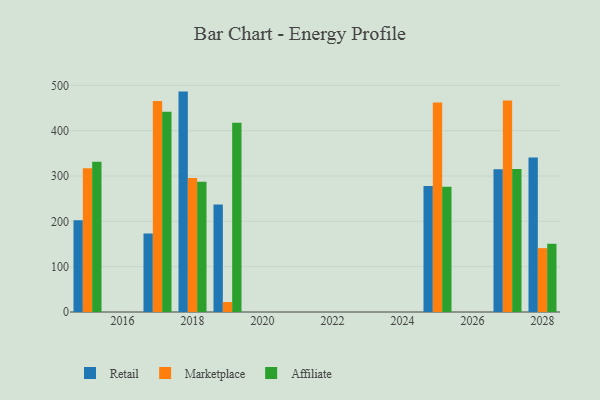
{"axis": {"x": "Year", "y": "Gross Profit (USD K)"}, "legend": ["Affiliate", "Marketplace", "Retail"], "data": [{"x": "2027", "y": 314.8, "type": "Retail"}, {"x": "2027", "y": 466.3, "type": "Marketplace"}, {"x": "2027", "y": 315.3, "type": "Affiliate"}, {"x": "2017", "y": 173.2, "type": "Retail"}, {"x": "2017", "y": 465.4, "type": "Marketplace"}, {"x": "2017", "y": 441.5, "type": "Affiliate"}, {"x": "2025", "y": 277.9, "type": "Retail"}, {"x": "2025", "y": 462.0, "type": "Marketplace"}, {"x": "2025", "y": 276.1, "type": "Affiliate"}, {"x": "2018", "y": 486.2, "type": "Retail"}, {"x": "2018", "y": 295.5, "type": "Marketplace"}, {"x": "2018", "y": 287.2, "type": "Affiliate"}, {"x": "2019", "y": 237.3, "type": "Retail"}, {"x": "2019", "y": 22.0, "type": "Marketplace"}, {"x": "2019", "y": 417.3, "type": "Affiliate"}, {"x": "2015", "y": 202.3, "type": "Retail"}, {"x": "2015", "y": 316.9, "type": "Marketplace"}, {"x": "2015", "y": 331.4, "type": "Affiliate"}, {"x": "2028", "y": 341.0, "type": "Retail"}, {"x": "2028", "y": 140.9, "type": "Marketplace"}, {"x": "2028", "y": 150.5, "type": "Affiliate"}]}